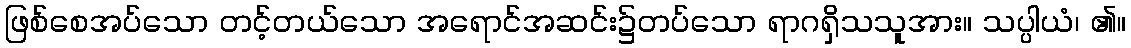
ဖြစ်စေအပ်သော တင့်တယ်သော အရောင်အဆင်း၌တပ်သော ရာဂရှိသသူအား။ သပ္ပါယံ၊ ၏။